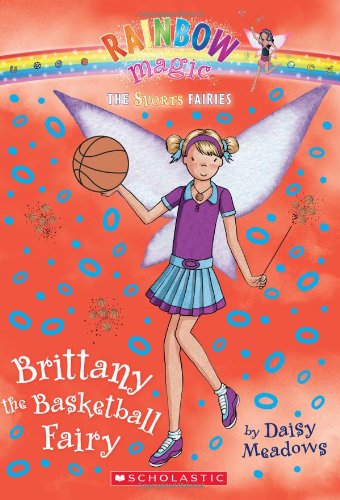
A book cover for Brittany the Basketball Fairy (Rainbow Magic: Sports Fairies #4); Daisy Meadows; Children's Books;